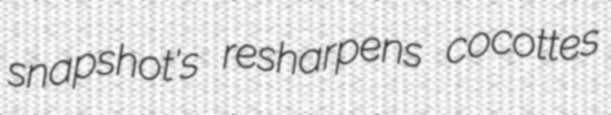
snapshot's resharpens cocottes